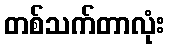
တစ်သက်တာလုံး